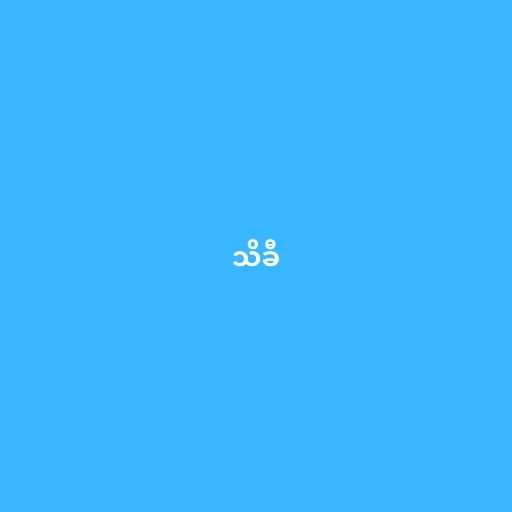
သိခီ